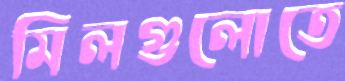
মিলগুলোতে